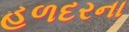
હળદરના